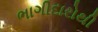
ભાગીદારોથી